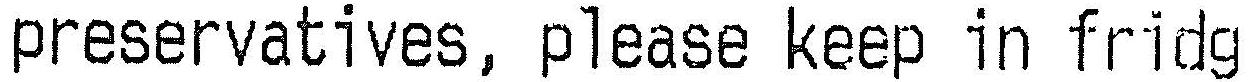
PRESERVATIVES, PLEASE KEEP IN FRIDG